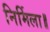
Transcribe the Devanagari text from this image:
निर्मिला॥